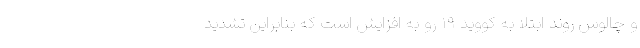
و چالوس روند ابتلا به کووید ۱۹ رو به افزایش است که بنابراین تشدید